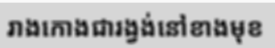
រាងកោងជារង្វង់នៅខាងមុខ